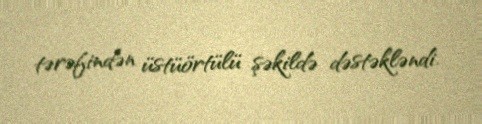
tərəfindən üstüörtülü şəkildə dəstəkləndi.